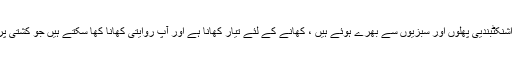
بازار کی یہ کشتیاں مختلف اشنکٹبندیی پھلوں اور سبزیوں سے بھرے ہوئے ہیں ، کھانے کے لئے تیار کھانا ہے اور آپ روایتی کھانا کھا سکتے ہیں جو کشتی پر ایک ساتھ تیار کیا گیا ہے۔